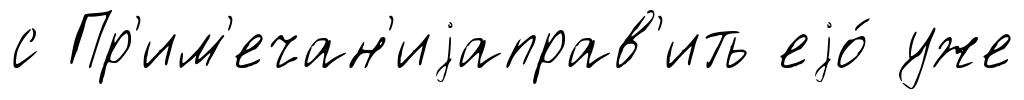
с Пр'им'ечан'иjаправ'ить еjо́ уже